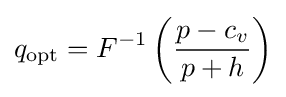
q_{\text{opt}}=F^{-1}\left({\frac {p-c_{v}}{p+h}}\right)